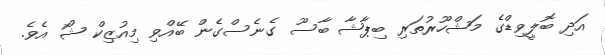
އަދި ބޮލީވިޑްގެ މަޝްހޫރުތަރި ބިޕާޝާ ބާސޫ ގެނެސްގެން ބޭއްވި މިއުޒިކް ޝޯ އެެވެ.